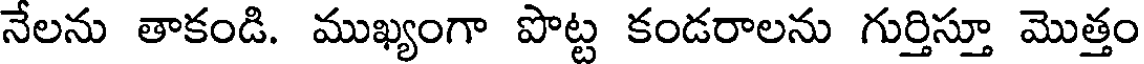
నేలను తాకండి. ముఖ్యంగా పొట్ట కండరాలను గుర్తిస్తూ మొత్తం